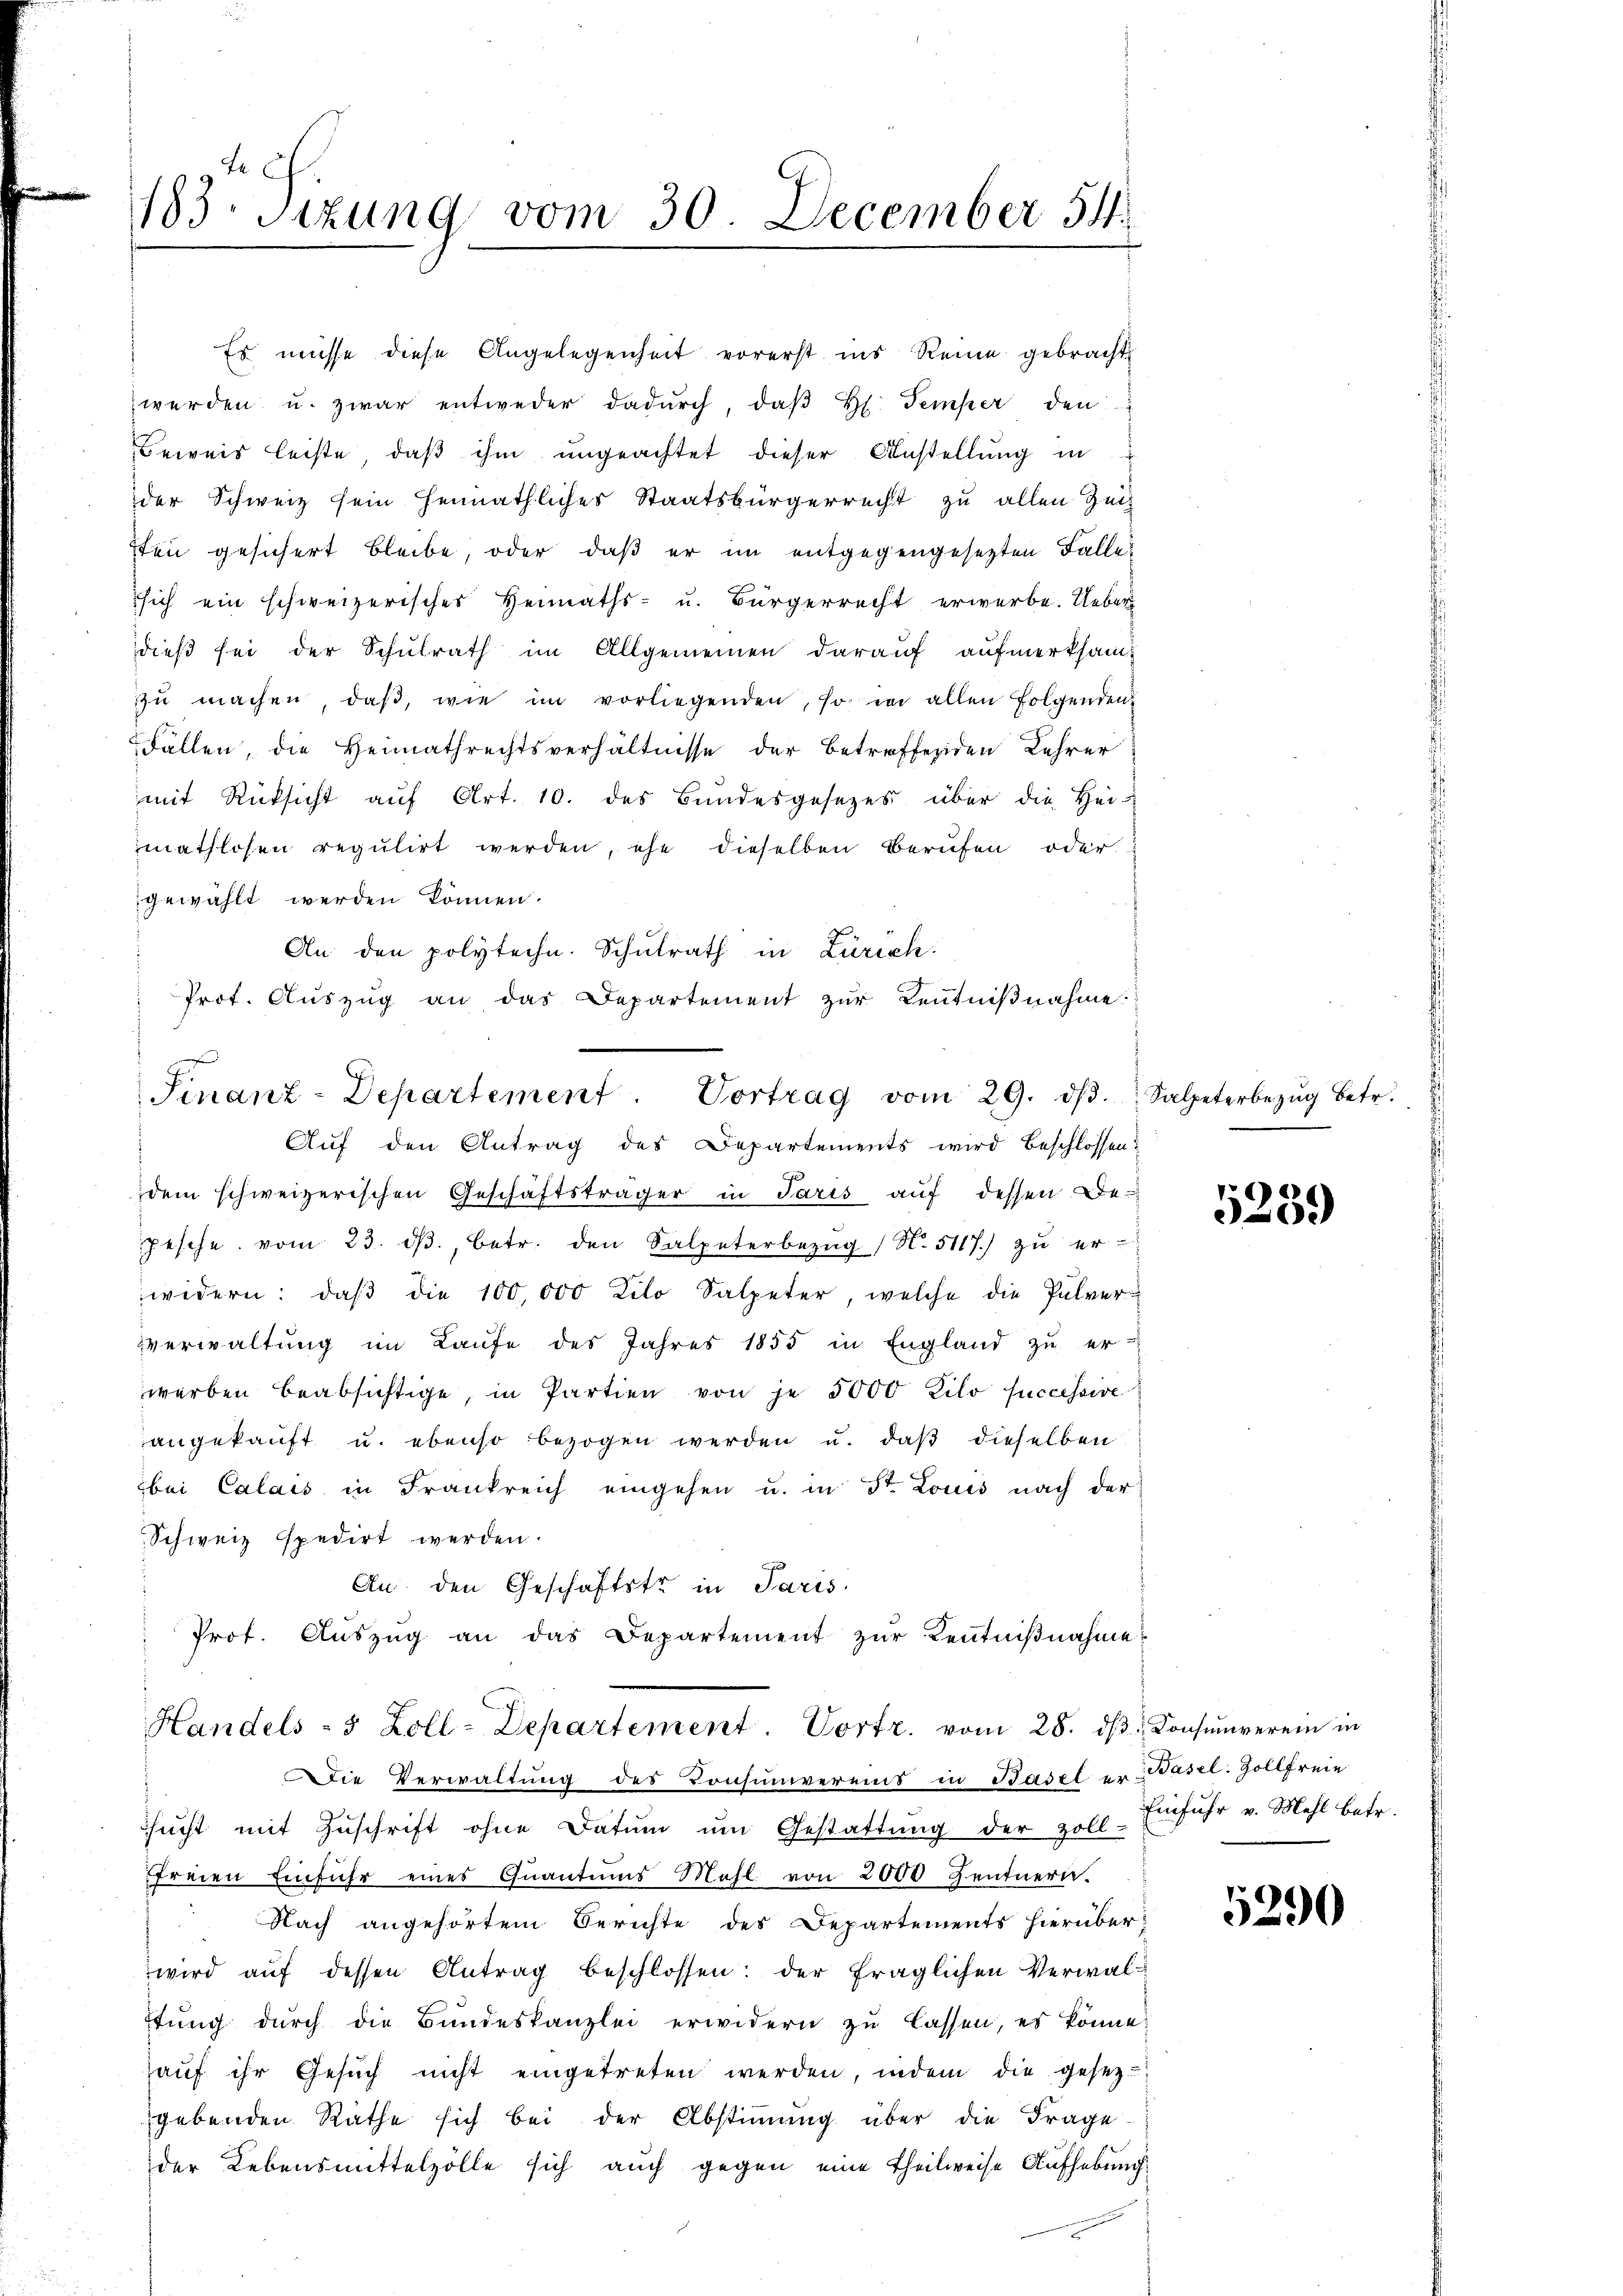
tch
183. Sitzung vom 30. December 54.

Beweis leiste, daß ihm ungeachtet dieser Anstellung in
der Schweiz sein heimathliches Staatsbürgerrecht zu allen Zeit
sten gesichert bleibe, oder, daß er im entgegengesetzten Falle
sich ein schweizerisches Heimaths- u. Bürgerrecht erwerbe. Ueber
dieß sei der Schulrath im Allgemeinen darauf aufmerksam-
zŭ machen, daβ, wie im vorliegenden, so in allen folgenden
Fällen, die Heimathrechtsverhältnisse der betreffenden Lehrer
mit Rücksicht aŭf Art. 10. des Bundesgesetzes über die Heimathlosen regulirt werden, ehe dieselben Berufen oder
gewählt werden können.
An den polytechn. Schulrath in Zürich.
Prot. Aŭszŭg an das Departement zŭr Kentniβnahme:
s
Finanz-Departement. Vortrag vom 29. dβ. Salpeterbezŭg betr.
Auf den Antrag des Departements wird beschlossen
dem schweizerischen Geschäftsträger in Paris auf dessen De¬
Jesche vom 23. dβ, betr. den Salpeterbezŭg (N. 5117.) zŭ er-
widern: daβ die 100,000 Kilo Salpeter, welche die Pulver
verwaltung im Laufe des Jahres 1855 in England zu er-
werben beabsichtige, in Partien von je 5000 Kilo successive
angekauft u. ebenso bezogen werden u. daβ dieselben
bei Calais in Frankreich eingehen u. in St. Louis nach der
Schweiz spedirt werden.
An. den Geschäftstr in Paris
Prot. Aŭszŭg an das Departement zŭr Kenntniβnahme

Es müsse diese Angelegenheit vorerst ins Reine gebracht
werden u. zwar entweder dadŭrch, daβ H. Temper den

Handels - 5 Zoll-Departement. Vortr. vom 28. dβ Consumverein in

Die Verwaltŭng des Consumvereins in Basel er Basel. Zollfreie
sŭcht mit Zŭschrift ohne Datum um Gestattŭng der Zoll-
freien Einführ eines Qŭantums Mehl von 2000 Zentnern.
Nach angehörtem Berichte des Departements hierüber-
wird aŭf dessen Antrag beschlossen: der fraglichen Verwalftung durch die Bundeskanzlei erwidern zu lassen, es könne,
auf ihr Gesuch nicht eingetreten werden, indem die gesezgebenden Räthe sich bei der Abstimmung über die Frage-
der Lebensmittelzölle sich auch gegen eine Theilweise Aufhebung

5239

Einfuhr v. Mehl betr.

5290